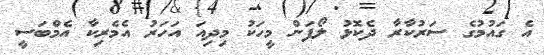
އެ ގައުމުގެ ސަރުކާރާ ދެކޮޅު ލޯފަން މީހަކު މިދިއަ އަހަރު އެމެރިކާ އެމްބަސީ